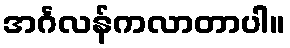
အင်္ဂလန်ကလာတာပါ။